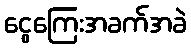
ငွေကြေးအခက်အခဲ